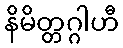
နိမိတ္တဂ္ဂါဟီ